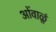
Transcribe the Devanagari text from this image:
ओंवाळूं